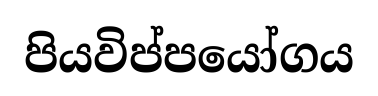
පියවිප්පයෝගය